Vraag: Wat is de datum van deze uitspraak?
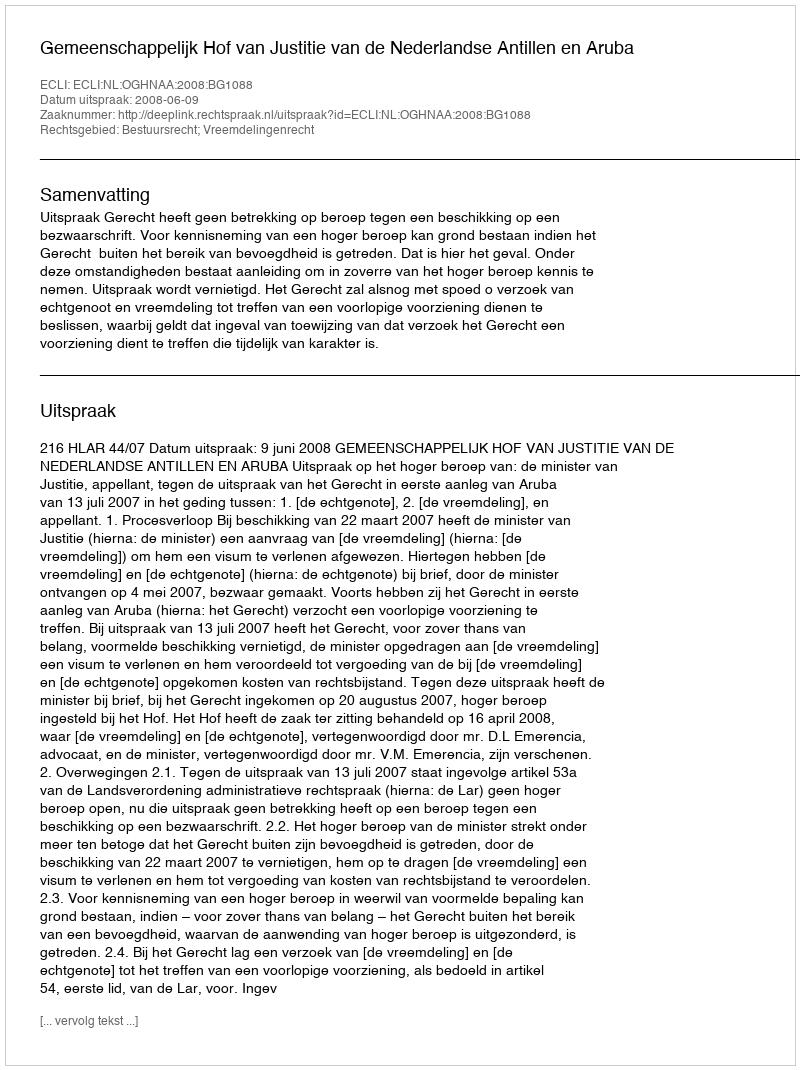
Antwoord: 2008-06-09